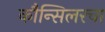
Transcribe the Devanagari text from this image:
कौन्सिलरचा